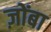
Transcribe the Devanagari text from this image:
ज़ोंबा